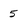
Character: 5